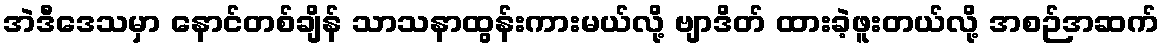
အဲဒီဒေသမှာ နောင်တစ်ချိန် သာသနာထွန်းကားမယ်လို့ ဗျာဒိတ် ထားခဲ့ဖူးတယ်လို့ အစဉ်အဆက်